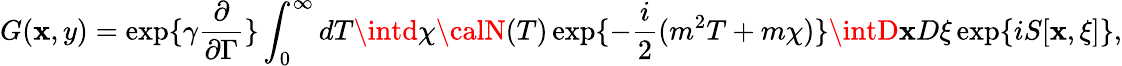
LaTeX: G(\mathbf{x},y)=\exp\{ \gamma\frac{{\partial}}{{\partial\Gamma}}\} \int_{0}^{\infty}dT\intd\chi{\calN}(T)\exp\{ -\frac{{i}}{{2}}(m^{2}T+m\chi)\} \intD\mathbf{x}D\xi\exp\{ iS[\mathbf{x},\xi]\} ,